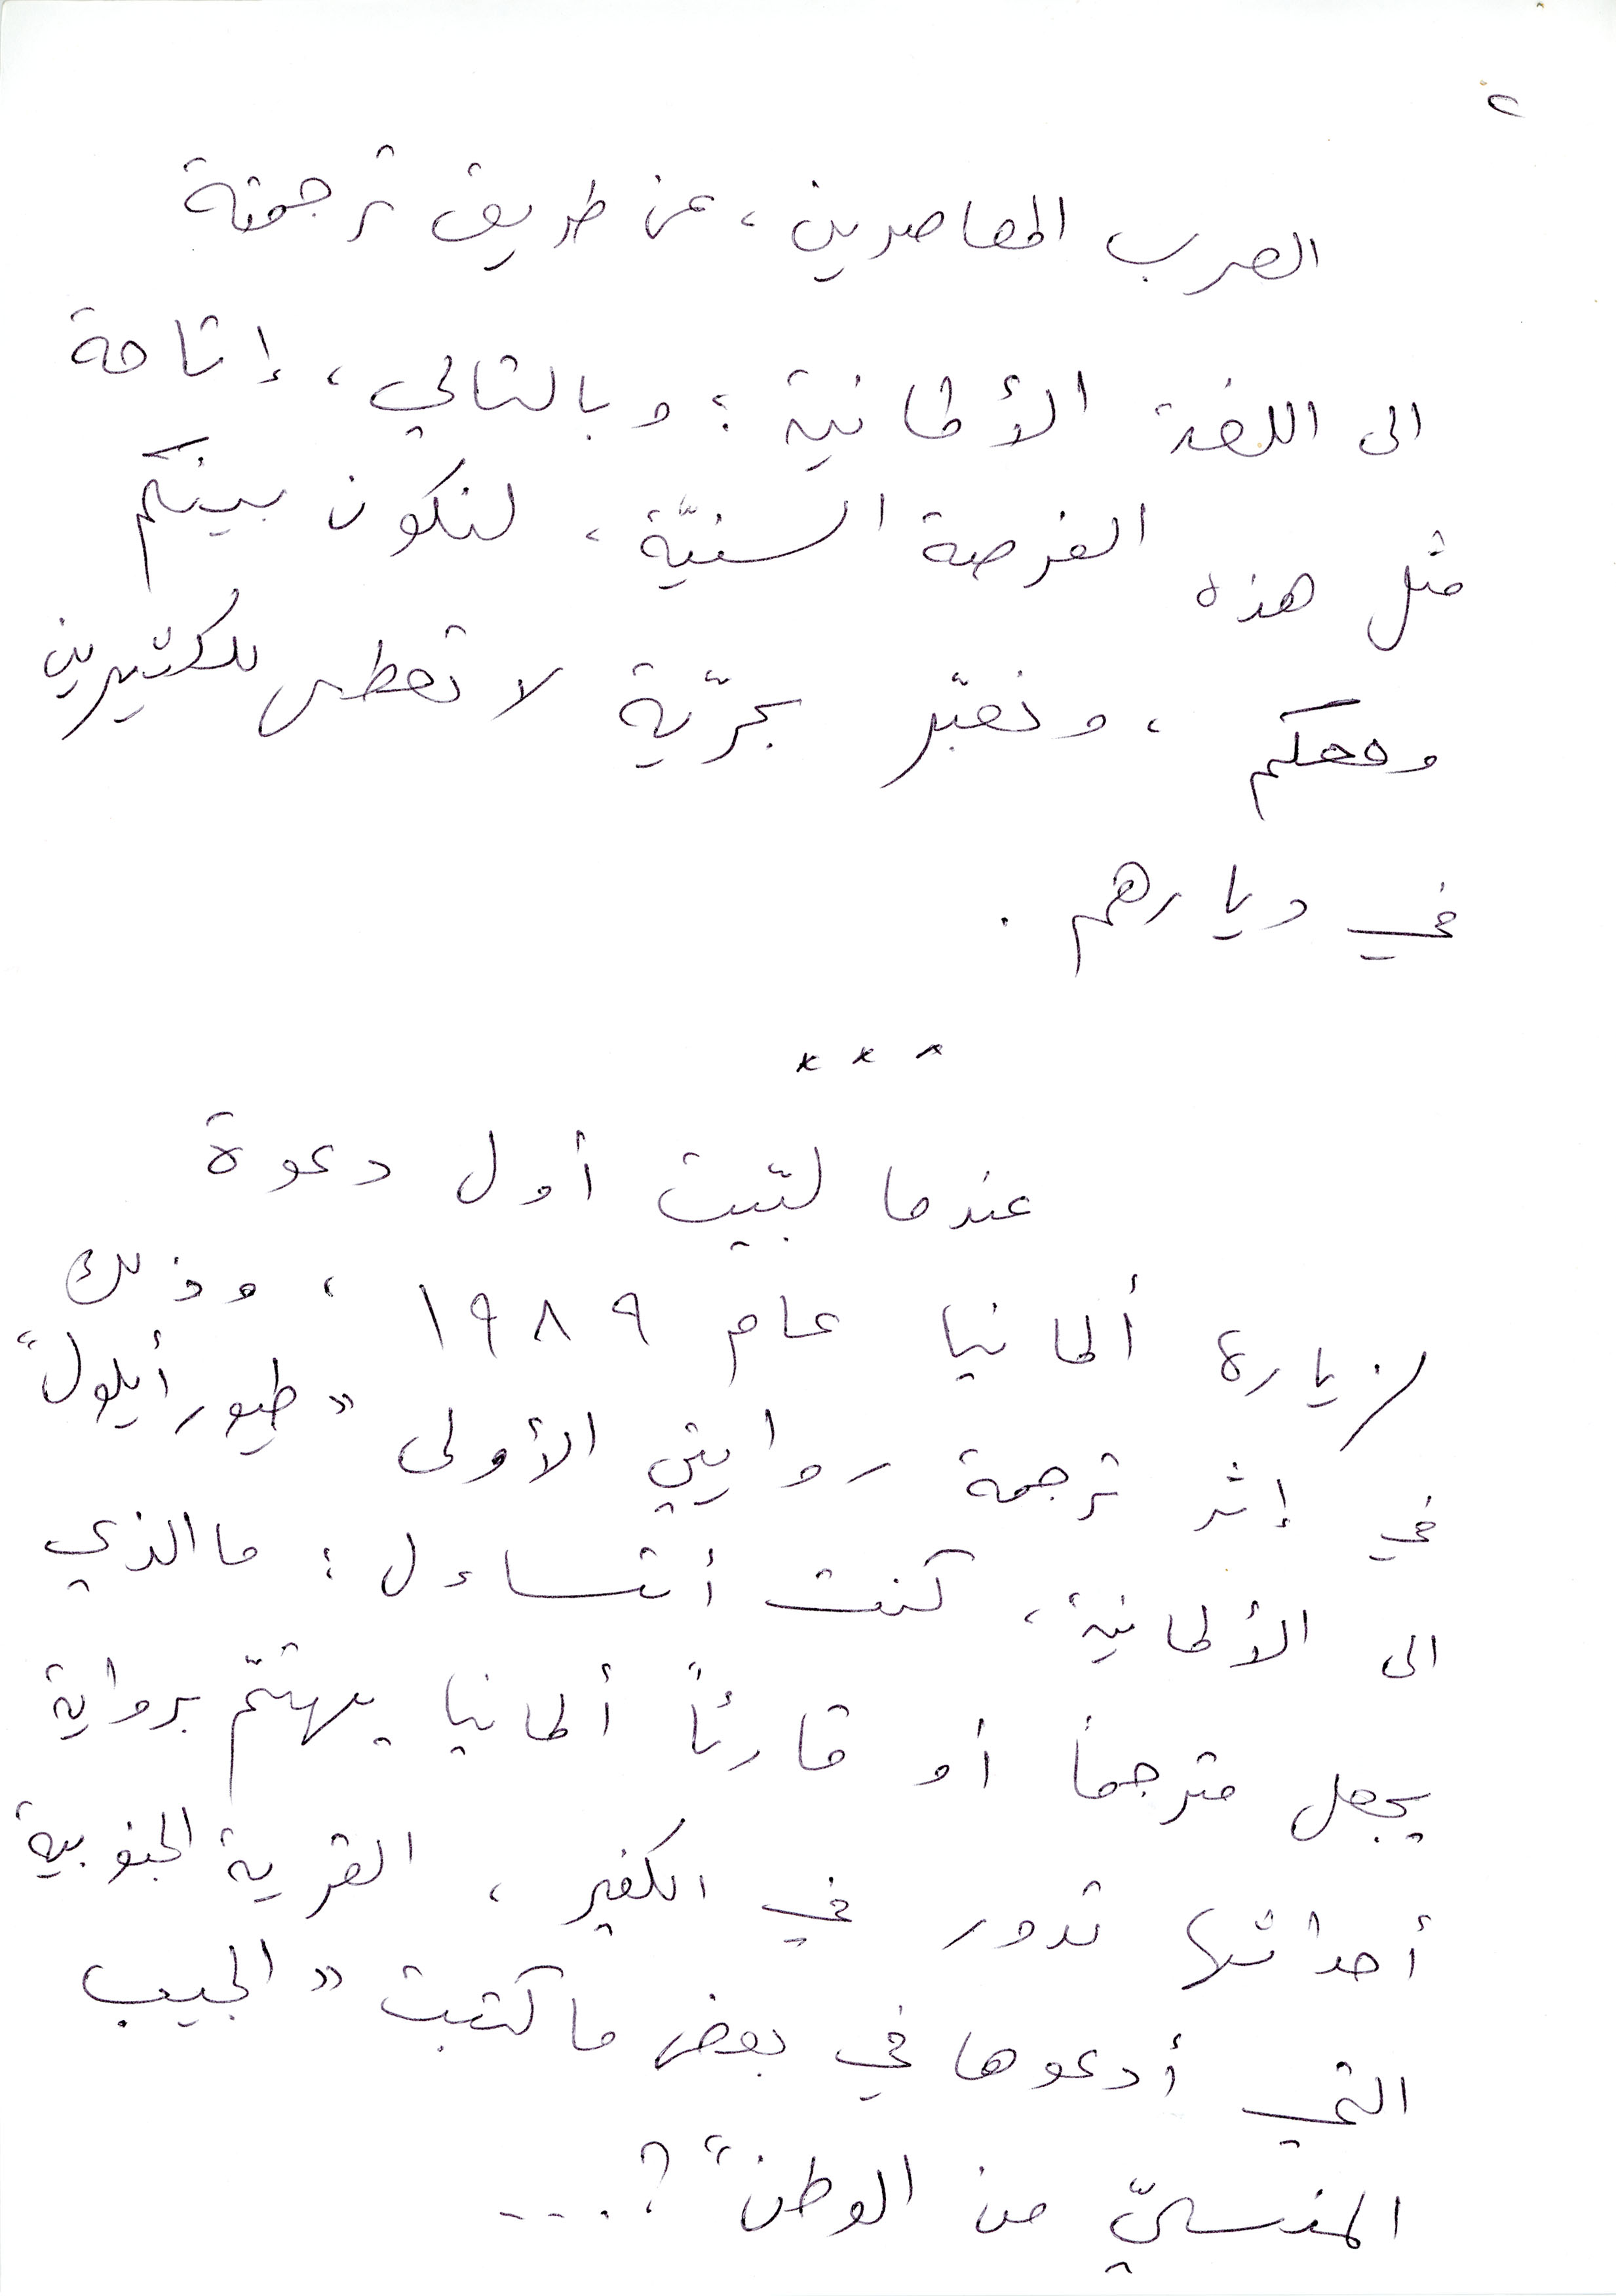
العرب المعاصرين، عن طريق ترجمته
الى اللغة الألمانية؛ وبالتالي إتاحة
مثل هذه القرصة السنيَة، لنكون بينكم
ومعكم، ونعبّر بحريَّة لا تعطى للكثيرين
في دياره.
عندما لبّيت أول دعوة
لزيارة ألمانيا عام ١۹٨۹  ، وذلك
في إثر ترجمة روايتين الأولى "طيور أيلول"
الى الألمانية، كنت أتساءل: ما الذي
يجعل مترجمًا أو قارئًا ألمانيا يهتمّ برواية
أحداثها تدور في الكفير، القرية الجنوبية
التي أدعوها في بعض ما كتبت "الجيب
المنسي من الوطن؟"...